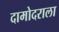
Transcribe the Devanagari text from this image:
दामोदराला